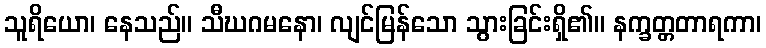
သူရိယော၊ နေသည်။ သီဃဂမနော၊ လျင်မြန်သော သွားခြင်းရှိ၏။ နက္ခတ္တတာရကာ၊